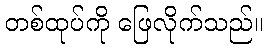
တစ်ထုပ်ကို ဖြေလိုက်သည်။